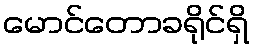
မောင်တောခရိုင်ရှိ